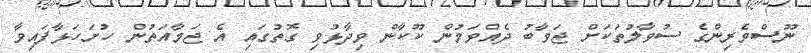
ނޫސްވެރިންގެ ސުވާލުތަކަށް ޖަވާބު ދެއްވަމުން ކޫކާން ވިދާޅުވި ގޮތުގައި އެ ޖަމާއަތުން ހުށަހަޅާފައިވާ